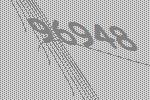
96948